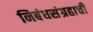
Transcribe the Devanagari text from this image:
निबंधसंग्रहाची